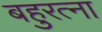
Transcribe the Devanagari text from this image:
बहुरत्ना